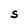
Character: S